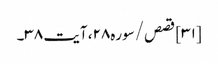
[۳۱] قصص/سوره۲۸، آیت ۳۸۔